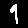
Digit: 9